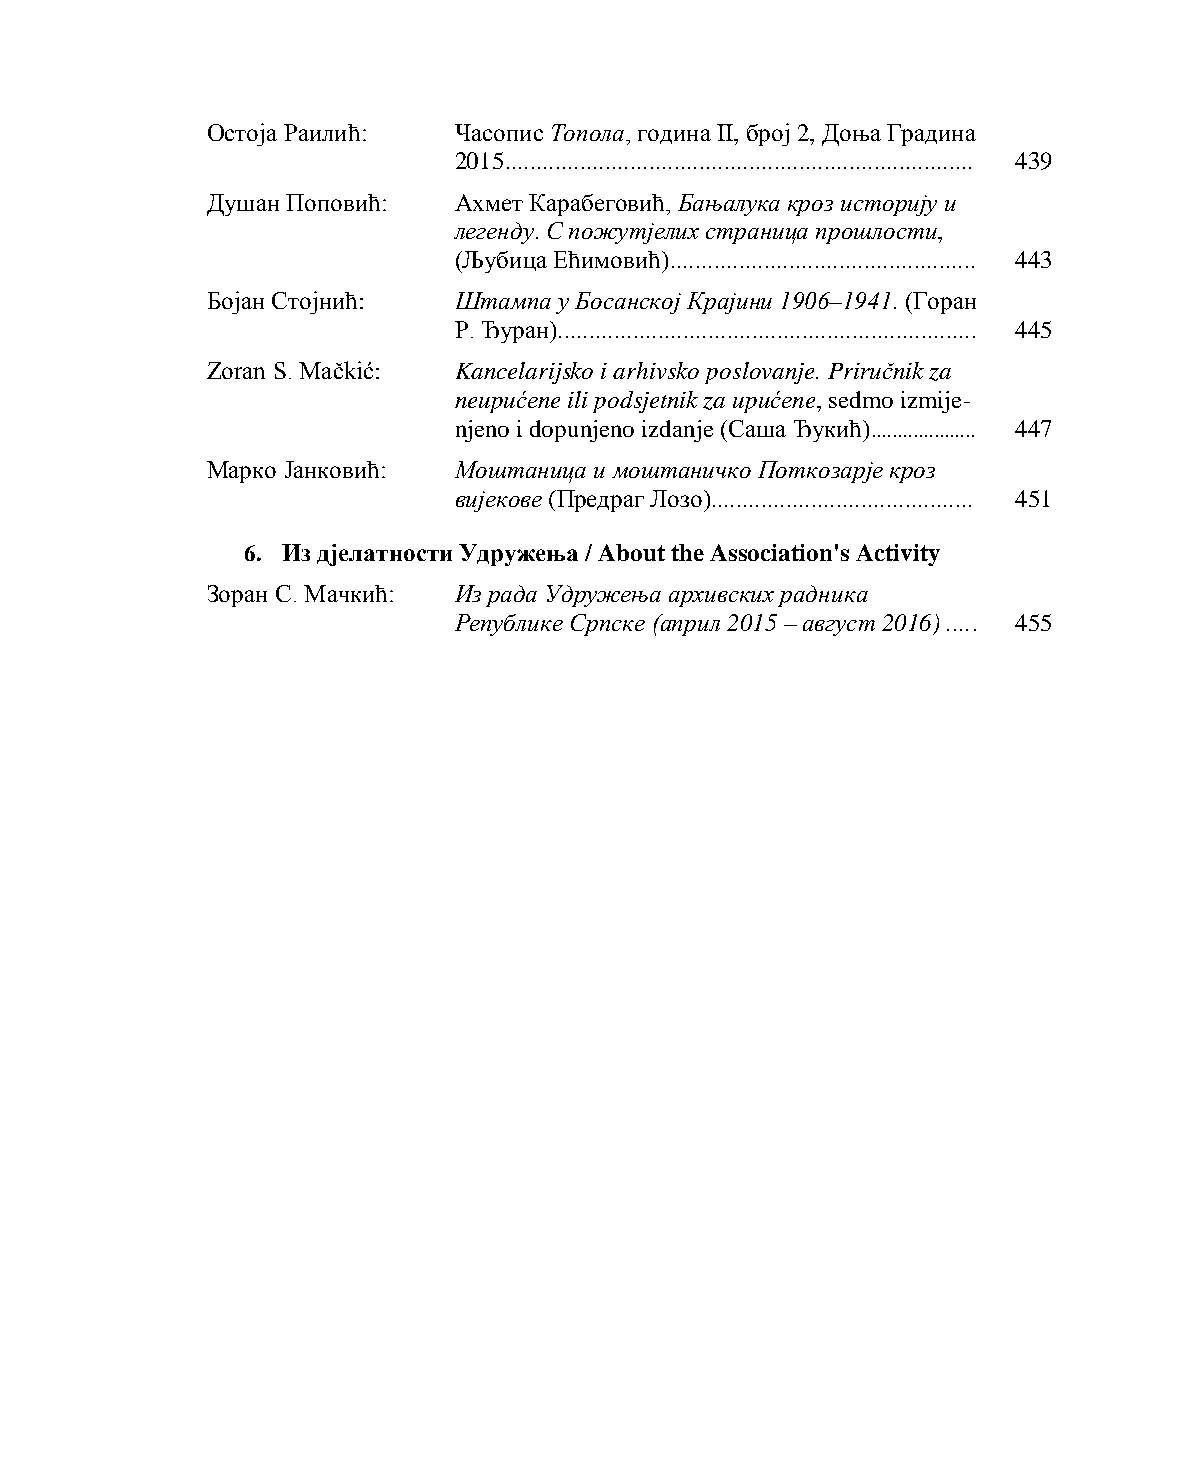
Остоја Раилић:  Часопис Топола, година II, број 2, Доња Градина
 2015........................................................................... 439
 Душан Поповић:  Ахмет Карабеговић, Бањалука кроз историју и
 легенду. С пожутјелих страница прошлости,
 (Љубица Ећимовић)................................................. 443
 Бојан Стојнић:  Штампа у Босанској Крајини 1906‒1941. (Горан
 Р. Ђуран)................................................................... 445
 Zoran S. Mačkić: Kancelarijsko i arhivsko poslovanje. Priručnik za
 neupućene ili podsjetnik za upućene, sedmo izmije-
 njeno i dopunjeno izdanje (Саша Ђукић).................... 447
 Марко Јанковић: Моштаница и моштаничко Поткозарје кроз
 вијекове (Предраг Лозо).......................................... 451
 6. Из дјелатности Удружења / About the Association's Activity
 Зоран С. Мачкић: Из рада Удружења архивских радника
 Републике Српске (април 2015 – август 2016) ..... 455